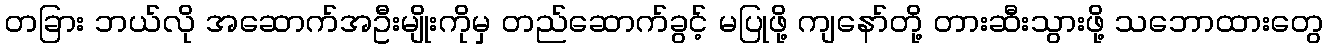
တခြား ဘယ်လို အဆောက်အဦးမျိုးကိုမှ တည်ဆောက်ခွင့် မပြုဖို့ ကျနော်တို့ တားဆီးသွားဖို့ သဘောထားတွေ